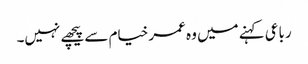
رباعی کہنے میں وہ عمر خیام سے پیچھے نہیں۔